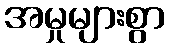
အမှုများစွာ